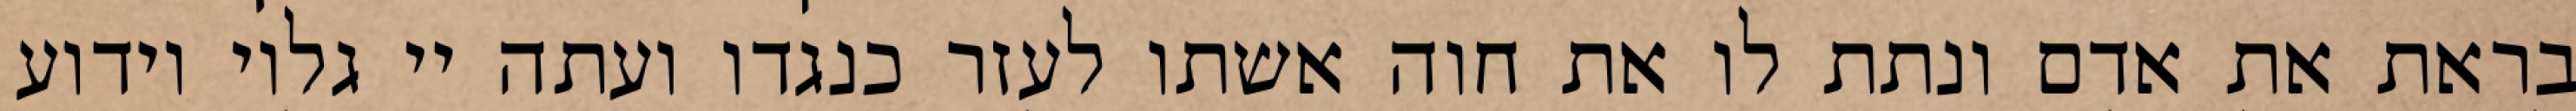
בראת את אדם ונתת לו את חוה אשתו לעזר כנגדו ועתה יי גלוי וידוע